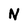
Character: N